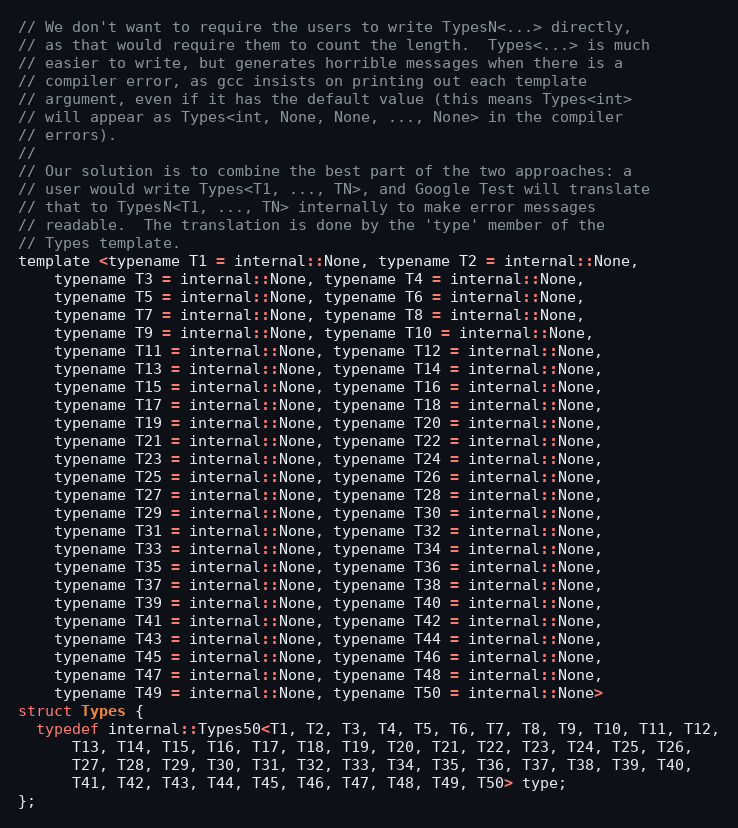
Language: C
// We don't want to require the users to write TypesN<...> directly,
// as that would require them to count the length.  Types<...> is much
// easier to write, but generates horrible messages when there is a
// compiler error, as gcc insists on printing out each template
// argument, even if it has the default value (this means Types<int>
// will appear as Types<int, None, None, ..., None> in the compiler
// errors).
//
// Our solution is to combine the best part of the two approaches: a
// user would write Types<T1, ..., TN>, and Google Test will translate
// that to TypesN<T1, ..., TN> internally to make error messages
// readable.  The translation is done by the 'type' member of the
// Types template.
template <typename T1 = internal::None, typename T2 = internal::None,
    typename T3 = internal::None, typename T4 = internal::None,
    typename T5 = internal::None, typename T6 = internal::None,
    typename T7 = internal::None, typename T8 = internal::None,
    typename T9 = internal::None, typename T10 = internal::None,
    typename T11 = internal::None, typename T12 = internal::None,
    typename T13 = internal::None, typename T14 = internal::None,
    typename T15 = internal::None, typename T16 = internal::None,
    typename T17 = internal::None, typename T18 = internal::None,
    typename T19 = internal::None, typename T20 = internal::None,
    typename T21 = internal::None, typename T22 = internal::None,
    typename T23 = internal::None, typename T24 = internal::None,
    typename T25 = internal::None, typename T26 = internal::None,
    typename T27 = internal::None, typename T28 = internal::None,
    typename T29 = internal::None, typename T30 = internal::None,
    typename T31 = internal::None, typename T32 = internal::None,
    typename T33 = internal::None, typename T34 = internal::None,
    typename T35 = internal::None, typename T36 = internal::None,
    typename T37 = internal::None, typename T38 = internal::None,
    typename T39 = internal::None, typename T40 = internal::None,
    typename T41 = internal::None, typename T42 = internal::None,
    typename T43 = internal::None, typename T44 = internal::None,
    typename T45 = internal::None, typename T46 = internal::None,
    typename T47 = internal::None, typename T48 = internal::None,
    typename T49 = internal::None, typename T50 = internal::None>
struct Types {
  typedef internal::Types50<T1, T2, T3, T4, T5, T6, T7, T8, T9, T10, T11, T12,
      T13, T14, T15, T16, T17, T18, T19, T20, T21, T22, T23, T24, T25, T26,
      T27, T28, T29, T30, T31, T32, T33, T34, T35, T36, T37, T38, T39, T40,
      T41, T42, T43, T44, T45, T46, T47, T48, T49, T50> type;
};